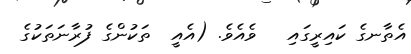
އެތާނގެ ކައިރީގައި   ވެއެވެ. (އެއީ  ތަކުންގެ ފުރާނަތަކުގެ